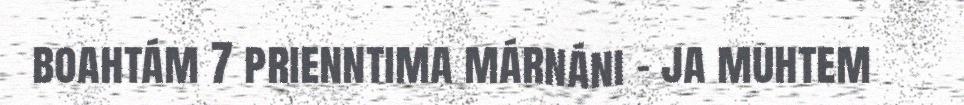
boahtám 7 prienntima márnáni – ja muhtem